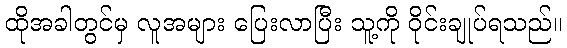
ထိုအခါတွင်မှ လူအများ ပြေးလာပြီး သူ့ကို ဝိုင်းချုပ်ရသည်။